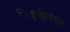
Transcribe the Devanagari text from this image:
निवॄत्तीनंतर